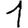
Digit: 1